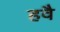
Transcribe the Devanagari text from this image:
हवै